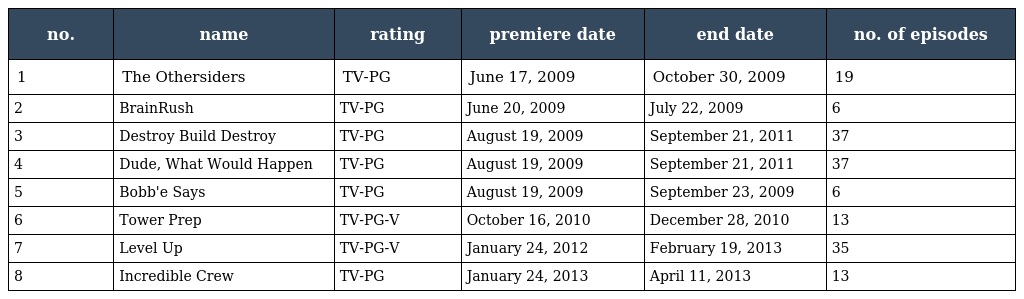
| no. | name | rating | premiere date | end date | no. of episodes |
 | --- | --- | --- | --- | --- | --- |
 | 1 | The Othersiders | TV-PG | June 17, 2009 | October 30, 2009 | 19 |
 | 2 | BrainRush | TV-PG | June 20, 2009 | July 22, 2009 | 6 |
 | 3 | Destroy Build Destroy | TV-PG | August 19, 2009 | September 21, 2011 | 37 |
 | 4 | Dude, What Would Happen | TV-PG | August 19, 2009 | September 21, 2011 | 37 |
 | 5 | Bobb'e Says | TV-PG | August 19, 2009 | September 23, 2009 | 6 |
 | 6 | Tower Prep | TV-PG-V | October 16, 2010 | December 28, 2010 | 13 |
 | 7 | Level Up | TV-PG-V | January 24, 2012 | February 19, 2013 | 35 |
 | 8 | Incredible Crew | TV-PG | January 24, 2013 | April 11, 2013 | 13 |